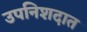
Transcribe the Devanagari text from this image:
उपनिशदात